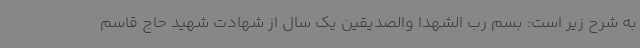
به شرح زیر است: بسم رب الشهدا والصدیقین یک سال از شهادت شهید حاج قاسم